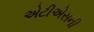
એટીએસની